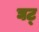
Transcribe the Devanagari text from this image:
घट्